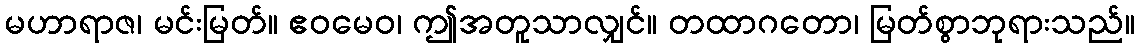
မဟာရာဇ၊ မင်းမြတ်။ ဧဝမေဝ၊ ဤအတူသာလျှင်။ တထာဂတော၊ မြတ်စွာဘုရားသည်။